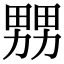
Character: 𤲶